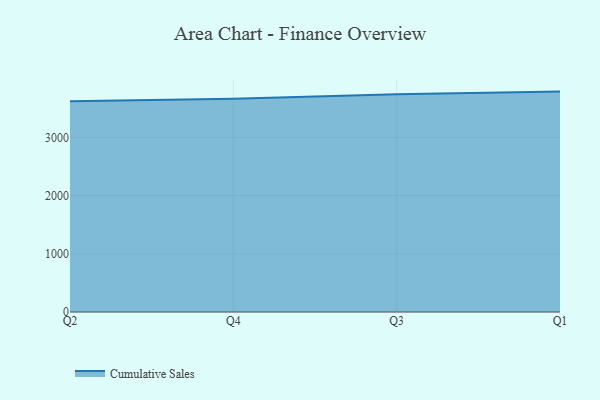
{"axis": {"x": "Quarter", "y": "Tickets Resolved"}, "legend": ["Cumulative Sales"], "data": [{"x": "Q2", "y": 3622.9, "type": "Cumulative Sales"}, {"x": "Q4", "y": 3666.2, "type": "Cumulative Sales"}, {"x": "Q3", "y": 3740.8, "type": "Cumulative Sales"}, {"x": "Q1", "y": 3787.6, "type": "Cumulative Sales"}]}